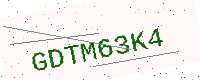
Text: GDTM63K4